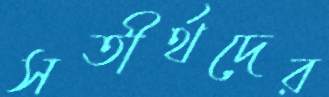
সতীর্থদের